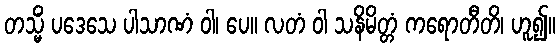
တသ္မိံ ပဒေသေ ပါသာဏံ ဝါ၊ ပေ။ လတံ ဝါ သနိမိတ္တံ ကရောတီတိ၊ ဟူ၍။